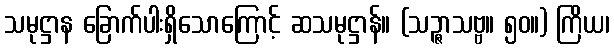
သမုဋ္ဌာန ခြောက်ပါးရှိသောကြောင့် ဆသမုဋ္ဌာန်။ (သဉ္ဇာသဗ္ဗ။ ၅၀။) ကြိယ၊